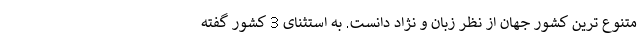
متنوع ترین کشور جهان از نظر زبان و نژاد دانست. به استثنای 3 کشور گفته